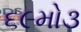
૬૯મો૩